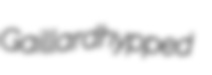
Gaillard hypped